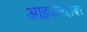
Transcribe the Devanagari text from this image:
आइजेनहाबर